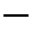
-